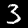
Label: 3